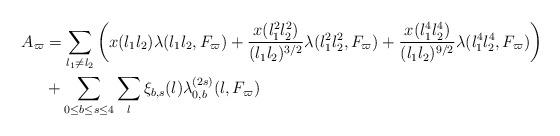
LaTeX: \begin{align*}A_{\varpi} & = \sum_{l_1 \not= l_2} \left(x(l_1l_2) \lambda(l_1l_2, F_{\varpi}) + \frac{x(l_1^2l_2^2)}{(l_1l_2)^{3/2}} \lambda(l_1^2l_2^2, F_{\varpi}) + \frac{x(l_1^4l_2^4)}{(l_1l_2)^{9/2}} \lambda(l_1^4l_2^4, F_{\varpi})\right)\\& + \sum_{0 \leq b \leq s \leq 4} \sum_{l} \xi_{b, s}(l) \lambda_{0, b}^{( 2s)}(l, F_{\varpi} ) \end{align*}